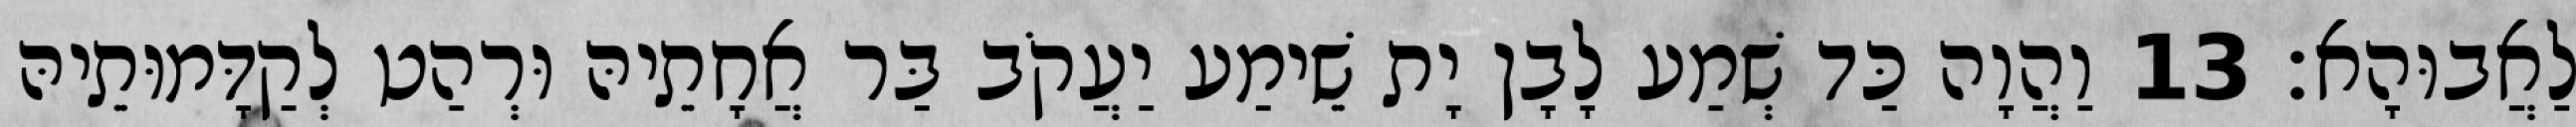
לַאֲבוּהָא׃ 13 וַהֲוָה כַּד שְׁמַע לָבָן יָת שֵׁימַע יַעֲקֹב בַּר אֲחָתֵיהּ וּרְהַט לְקַדָּמוּתֵיהּ